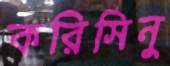
করিসিনু